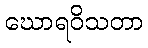
ဃောရဝိသတာ